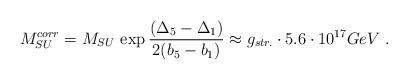
LaTeX: \begin{align*}M_{SU}^{corr}=M_{SU} \,\exp\frac{({\Delta}_5-{\Delta}_1)}{2(b_5-b_1)}\approx g_{str.}\cdot 5.6\cdot 10^{17} GeV\ .\end{align*}